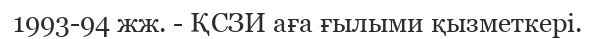
1993-94 жж. - ҚСЗИ аға ғылыми қызметкері.